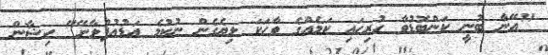
"އޭނާ ބުނީ ކަންބޮޑުވާ ހުރިހައި ކަމެއްގެ ވާހަކަ ލިޔެގެން ނުކުމެ އަޑުއުފުލާށޭ" ހިޝާން